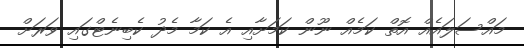
މައްސަލައެއް އޮތް ކަމެއް ނޫން ކަމަށާއި އެ ކަމާ މެދު ކެބިނެޓްގައި ވަރަށް